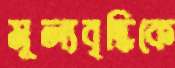
মূল্যবৃদ্ধিকে